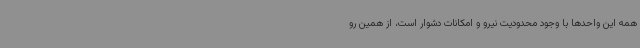
همه این واحدها با وجود محدودیت نیرو و امکانات دشوار است، از همین رو